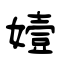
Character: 嬄